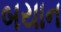
બયાન